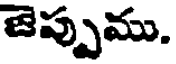
జెప్పుము.